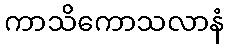
ကာသိကောသလာနံ